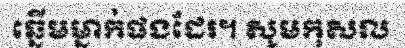
ឆ្នើមម្នាក់ផងដែរ។ សូមកុសល